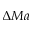
\Delta M a